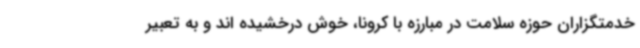
خدمتگزاران حوزه سلامت در مبارزه با کرونا، خوش درخشیده اند و به تعبیر